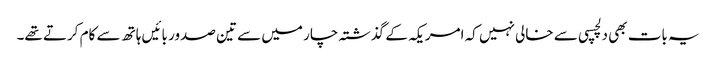
یہ بات بھی دلچسپی سے خالی نہیں کہ امریکہ کے گذشتہ چار میں سے تین صدور بائیں ہاتھ سے کام کرتے تھے۔